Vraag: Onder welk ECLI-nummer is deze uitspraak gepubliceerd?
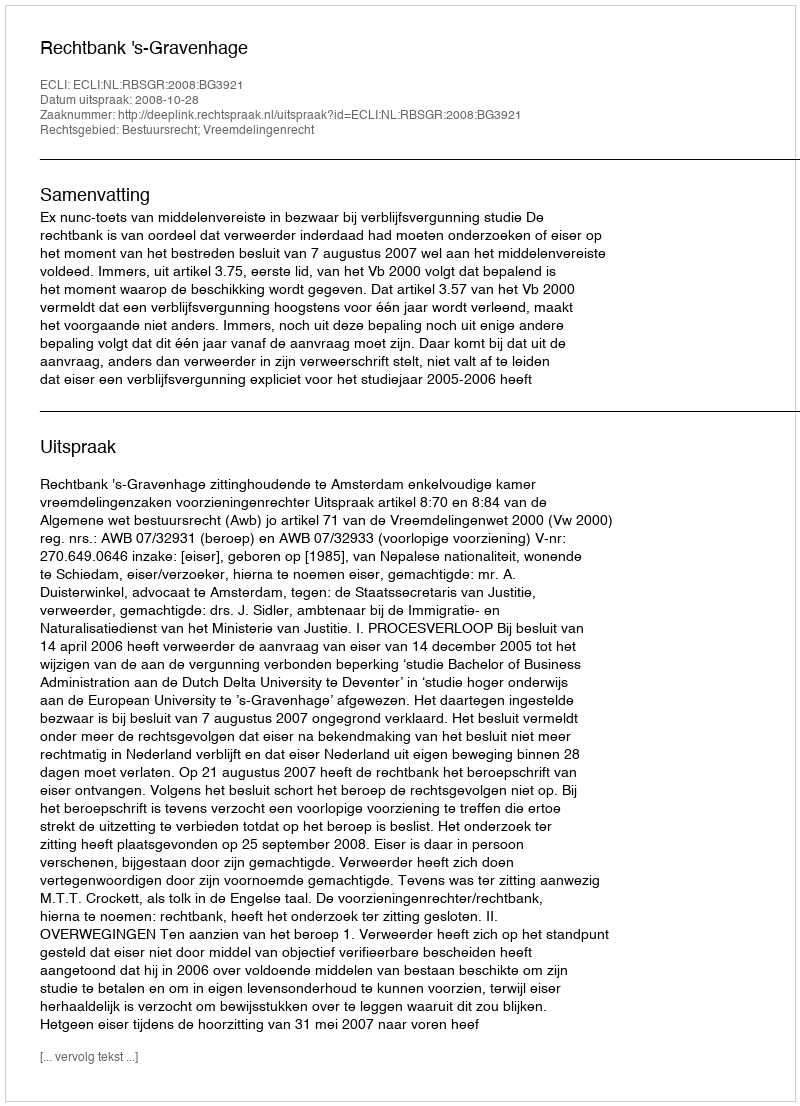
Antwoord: ECLI:NL:RBSGR:2008:BG3921